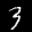
Label: 3